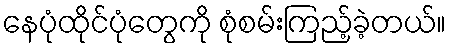
နေပုံထိုင်ပုံတွေကို စုံစမ်းကြည့်ခဲ့တယ်။